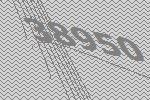
38950